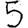
Digit: 5